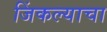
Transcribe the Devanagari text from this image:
जिंकल्याचा